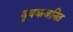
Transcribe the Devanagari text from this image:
वृक्कजनित